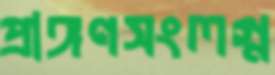
প্রাঙ্গণসংলগ্ন